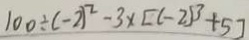
1 0 0 \div ( - 2 ) ^ { 2 } - 3 \times [ ( - 2 ) ^ { 3 } + 5 ]